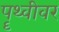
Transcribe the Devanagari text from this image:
पॄथ्वीवर